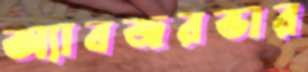
অ্যাবজরভার